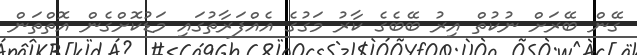
ގޭން ބޭރަށް ނުކުތް އިރު ބޭބެގެ ކާރު މަގުގެ އެއްފަރާތުގައި މަޑުކޮށްގެން އޮތްތަން